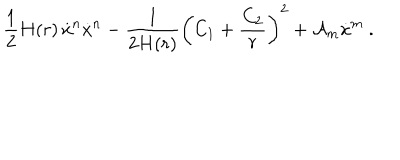
LaTeX: \frac { 1 } { 2 } H ( r ) \, \dot { x } ^ { n } \dot { x } ^ { n } - \frac { 1 } { 2 H ( r ) } \biggl ( C _ { 1 } + \frac { C _ { 2 } } { r } \biggr ) ^ { 2 } + { \cal A } _ { m } \dot { x } ^ { m } \ .